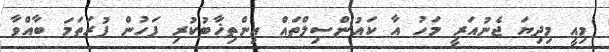
މިއީ މިދިޔަ ޖެނުއަރީ މަހު އާ ކައުންސިލްތައް އިންތިޚާބުކުރި ފަހުން ފުރަތަމަ ބާއްވާ